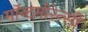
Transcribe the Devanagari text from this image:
मॉन्टमोरेन्सी